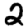
Digit: 2